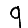
Digit: 9